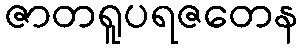
ဇာတရူပရဇတေန